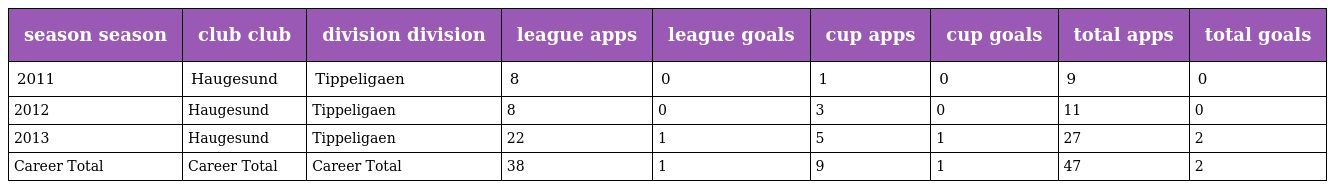
| season season | club club | division division | league apps | league goals | cup apps | cup goals | total apps | total goals |
 | --- | --- | --- | --- | --- | --- | --- | --- | --- |
 | 2011 | Haugesund | Tippeligaen | 8 | 0 | 1 | 0 | 9 | 0 |
 | 2012 | Haugesund | Tippeligaen | 8 | 0 | 3 | 0 | 11 | 0 |
 | 2013 | Haugesund | Tippeligaen | 22 | 1 | 5 | 1 | 27 | 2 |
 | Career Total | Career Total | Career Total | 38 | 1 | 9 | 1 | 47 | 2 |